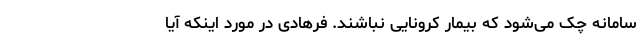
سامانه چک می‌شود که بیمار کرونایی نباشند. فرهادی در مورد اینکه آیا